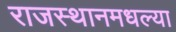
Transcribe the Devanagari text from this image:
राजस्थानमधल्या